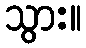
သွား။